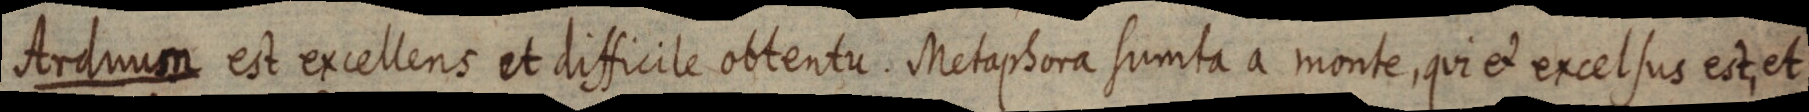
Arduum est excellens et difficile obtentu. Metaphora sumta a monte, qui ex excelsus est, et